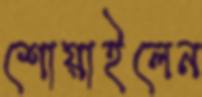
শোয়াইলেন